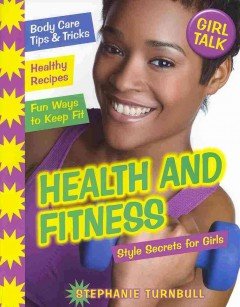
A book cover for Health and Fitness: Style Secrets for Girls (Girl Talk); Stephanie Turnbull; Teen & Young Adult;